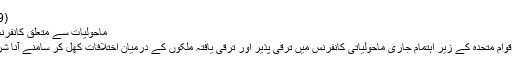
(13.12.2009)
ماحولیات سے متعلق کانفرنس میں اختلافات
کوپن ہیگن میں اقوام متحدہ کے زیر اہتمام جاری ماحولیاتی کانفرنس میں ترقی پذیر اور ترقی یافتہ ملکوں کے درمیان اختلافات کھل کر سامنے آنا شروع ہوگئے ہیں۔